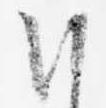
朝